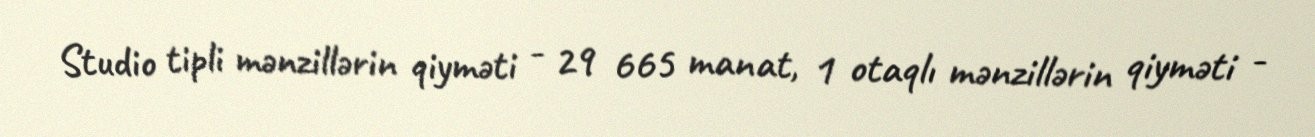
Studio tipli mənzillərin qiyməti - 29 665 manat, 1 otaqlı mənzillərin qiyməti -